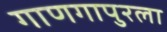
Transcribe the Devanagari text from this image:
गाणगापुरला